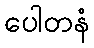
ပေါတနံ